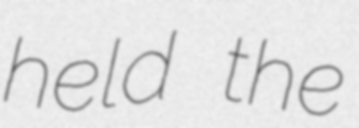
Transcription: held the